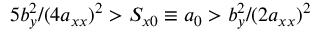
5 b _ { y } ^ { 2 } / ( 4 a _ { x x } ) ^ { 2 } > S _ { x 0 } \equiv a _ { 0 } > b _ { y } ^ { 2 } / ( 2 a _ { x x } ) ^ { 2 }